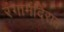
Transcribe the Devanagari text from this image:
रंगामंदिरात